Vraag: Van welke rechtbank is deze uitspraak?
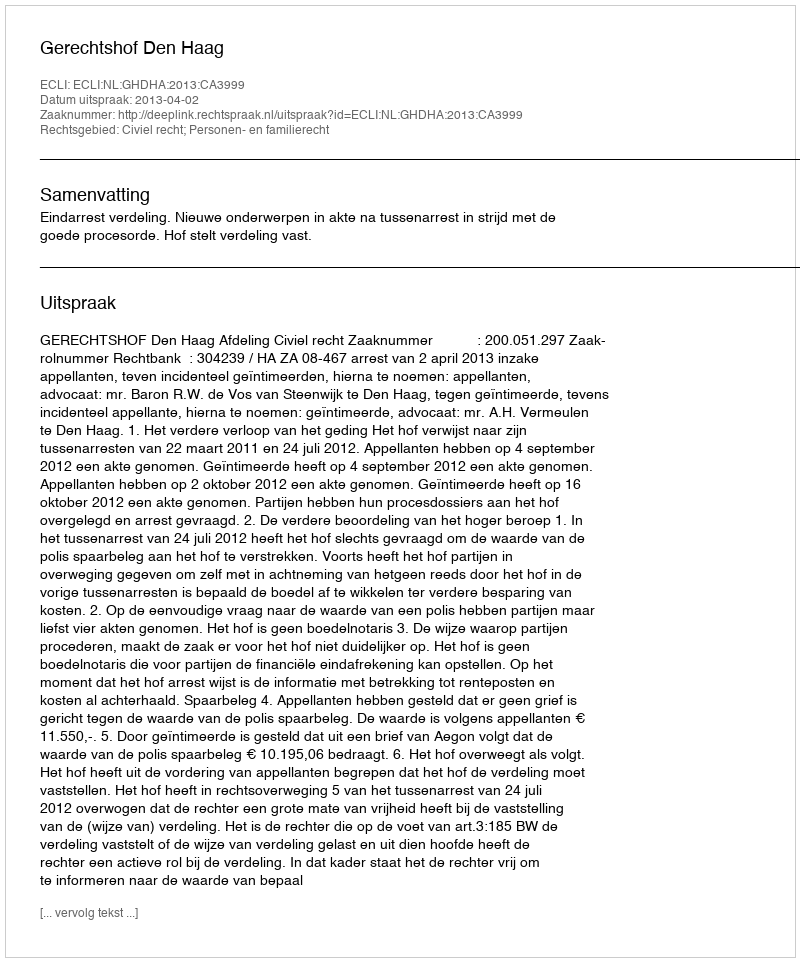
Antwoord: Gerechtshof Den Haag